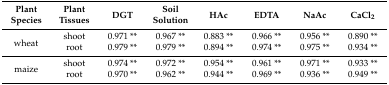
| Plant Species | Plant Tissues | DGT | Soil Solution | HAc | EDTA | NaAc | CaCl2 |
 | --- | --- | --- | --- | --- | --- | --- | --- |
 | <ROWSPAN=2> wheat | shoot | 0.971 ** | 0.967 ** | 0.883 ** | 0.966 ** | 0.956 ** | 0.890 ** |
 | root | 0.979 ** | 0.979 ** | 0.894 ** | 0.974 ** | 0.975 ** | 0.934 ** |
 | <ROWSPAN=2> maize | shoot | 0.974 ** | 0.972 ** | 0.954 ** | 0.961 ** | 0.971 ** | 0.933 ** |
 | root | 0.970 ** | 0.962 ** | 0.944 ** | 0.969 ** | 0.936 ** | 0.949 ** |